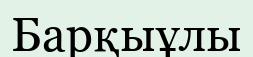
Барқыұлы